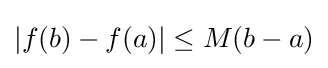
|f(b)-f(a)|\leq M(b-a)